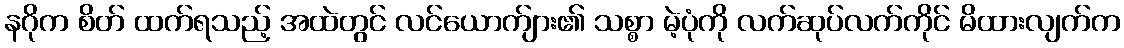
နဂိုက စိတ် ထက်ရသည့် အထဲတွင် လင်ယောက်ျား၏ သစ္စာ မဲ့ပုံကို လက်ဆုပ်လက်ကိုင် မိထားလျက်က